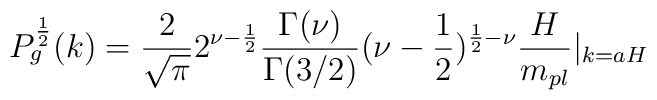
P^{\frac{1}{2}}_g(k)=\frac{2}{\sqrt{\pi}}2^{\nu-\frac{1}{2}}\frac{\Gamma(\nu)}{\Gamma(3/2)}(\nu-\frac{1}{2})^{\frac{1}{2}-\nu}\frac{H}{m_{pl}}|_{k=aH}